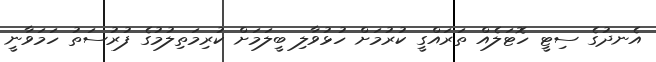
އެނދުގެ ސިޓީ ހޮޓަލެއް ތަރައްގީ ކުރުމަށް ހުޅުވާލި ބީލަމަށް ކުރިމަތިލުމުގެ ފުރުސަތު ހަމަވާނީ